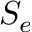
S _ { e }